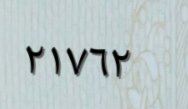
٢١٧٦٢